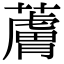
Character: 𧀴